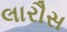
લારૌસ